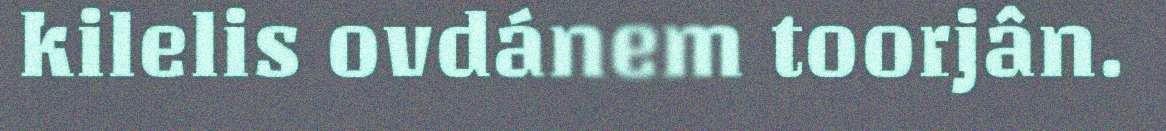
kilelis ovdánem toorjân.